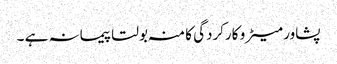
پشاور میٹرو کارکردگی کا منہ بولتا پیمانہ ہے ۔